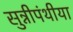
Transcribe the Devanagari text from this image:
सुन्नीपंथीया